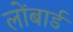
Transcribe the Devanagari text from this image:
लोंबार्ड